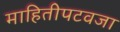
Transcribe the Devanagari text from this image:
माहितीपटवजा